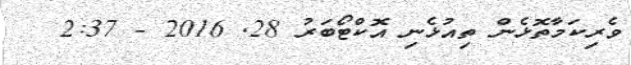
ވެރިކަމާތޮޅެން ތިއުޅެނި އޮކްޓޯބަރު 28